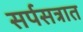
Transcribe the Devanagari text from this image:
सर्पसत्रात